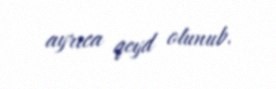
ayrıca qeyd olunub.